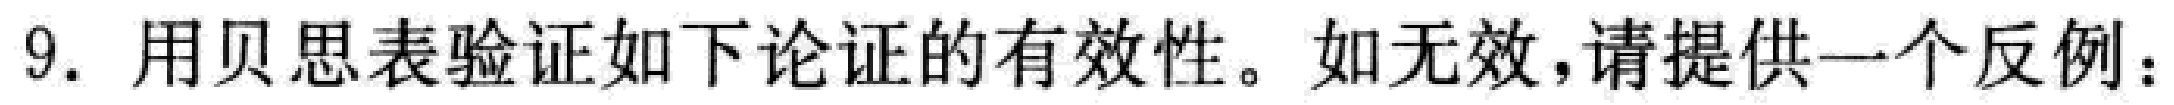
9. 用贝思表验证如下论证的有效性。如无效，请提供一个反例：